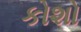
કોશો